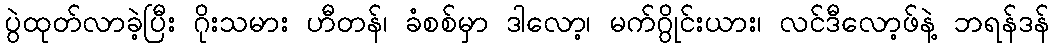
ပွဲထုတ်လာခဲ့ပြီး ဂိုးသမား ဟီတန်၊ ခံစစ်မှာ ဒါလော့၊ မက်ဂွိုင်းယား၊ လင်ဒီလော့ဖ်နဲ့ ဘရန်ဒန်